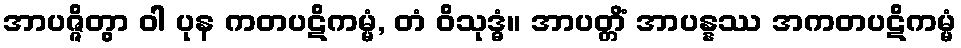
အာပဇ္ဇိတွာ ဝါ ပုန ကတပဋိကမ္မံ, တံ ဝိသုဒ္ဓံ။ အာပတ္တိံ အာပန္နဿ အကတပဋိကမ္မံ